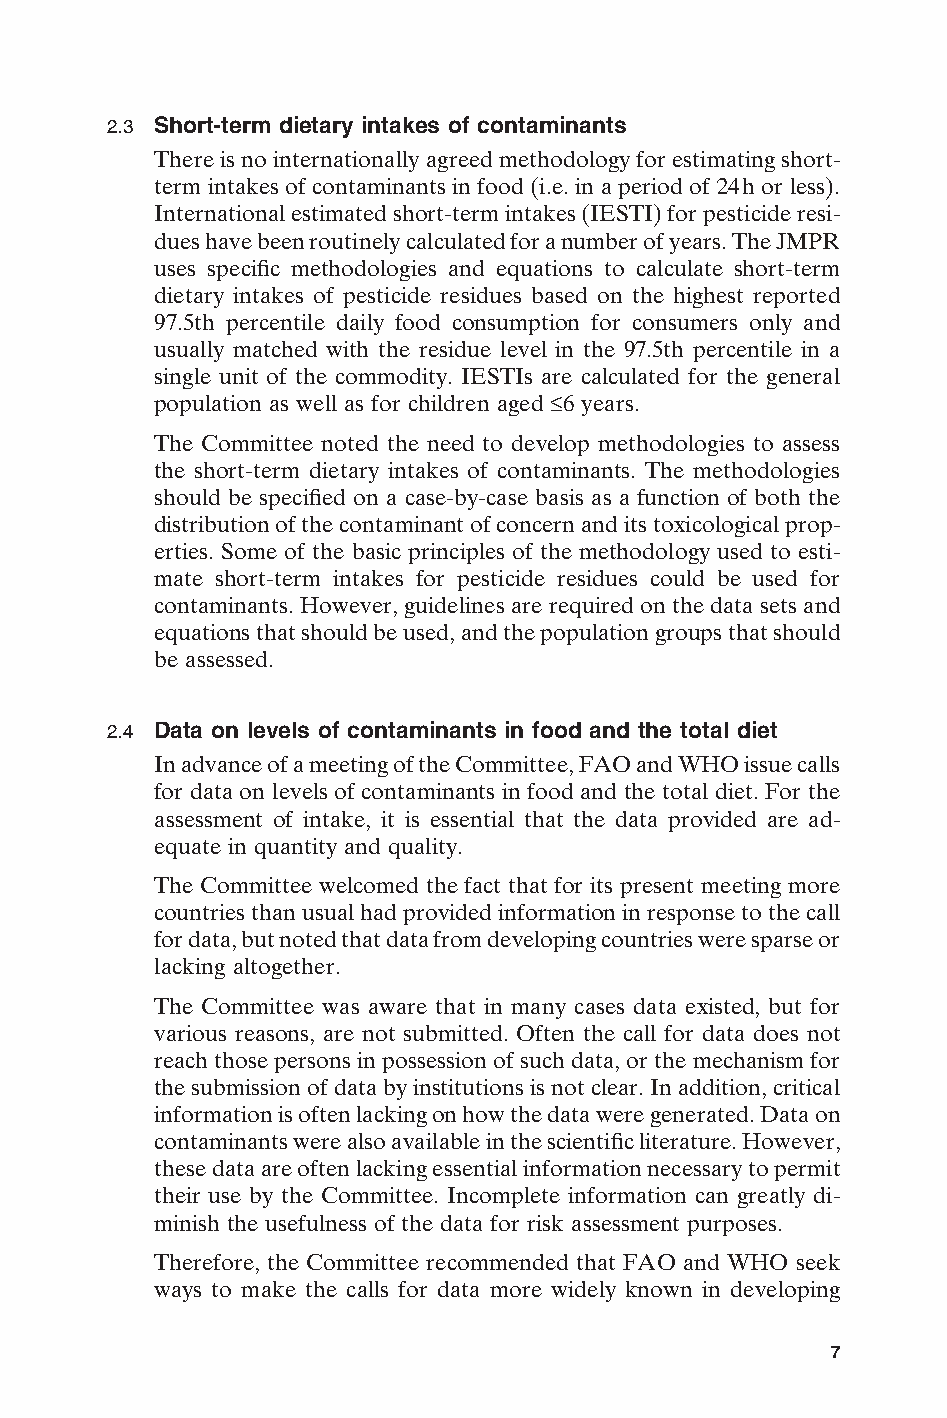
2.3 Short-term dietary intakes of contaminants
 There is no internationally agreed methodology for estimating short-
 term intakes of contaminants in food (i.e. in a period of 24h or less).
 International estimated short-term intakes (IESTI) for pesticide resi-
 dues have been routinely calculated for a number of years. The JMPR
 uses specific methodologies and equations to calculate short-term
 dietary intakes of pesticide residues based on the highest reported
 97.5th percentile daily food consumption for consumers only and
 usually matched with the residue level in the 97.5th percentile in a
 single unit of the commodity. IESTIs are calculated for the general
 population as well as for children aged £6 years.
 The Committee noted the need to develop methodologies to assess
 the short-term dietary intakes of contaminants. The methodologies
 should be specified on a case-by-case basis as a function of both the
 distribution of the contaminant of concern and its toxicological prop-
 erties. Some of the basic principles of the methodology used to esti-
 mate short-term intakes for pesticide residues could be used for
 contaminants. However, guidelines are required on the data sets and
 equations that should be used, and the population groups that should
 be assessed.
 2.4 Data on levels of contaminants in food and the total diet
 In advance of a meeting of the Committee, FAO and WHO issue calls
 for data on levels of contaminants in food and the total diet. For the
 assessment of intake, it is essential that the data provided are ad-
 equate in quantity and quality.
 The Committee welcomed the fact that for its present meeting more
 countries than usual had provided information in response to the call
 for data, but noted that data from developing countries were sparse or
 lacking altogether.
 The Committee was aware that in many cases data existed, but for
 various reasons, are not submitted. Often the call for data does not
 reach those persons in possession of such data, or the mechanism for
 the submission of data by institutions is not clear. In addition, critical
 information is often lacking on how the data were generated. Data on
 contaminants were also available in the scientific literature. However,
 these data are often lacking essential information necessary to permit
 their use by the Committee. Incomplete information can greatly di-
 minish the usefulness of the data for risk assessment purposes.
 Therefore, the Committee recommended that FAO and WHO seek
 ways to make the calls for data more widely known in developing E
 7
 Untitled-4       7                     12/20/05, 19:53